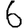
Digit: 6